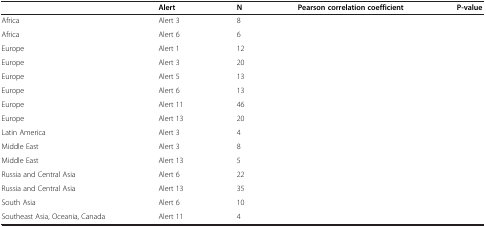
<table><thead><tr><td>[EMPTY_CELL]</td><td><b>Alert</b></td><td><b>N</b></td><td><b>Pearson correlation coefficient</b></td><td><b>P-value</b></td></tr></thead><tbody><tr><td>Africa</td><td>Alert 3</td><td>8</td><td>[EMPTY_CELL]</td><td>[EMPTY_CELL]</td></tr><tr><td>Africa</td><td>Alert 6</td><td>6</td><td>[EMPTY_CELL]</td><td>[EMPTY_CELL]</td></tr><tr><td>Europe</td><td>Alert 1</td><td>12</td><td>[EMPTY_CELL]</td><td>[EMPTY_CELL]</td></tr><tr><td>Europe</td><td>Alert 3</td><td>20</td><td>[EMPTY_CELL]</td><td>[EMPTY_CELL]</td></tr><tr><td>Europe</td><td>Alert 5</td><td>13</td><td>[EMPTY_CELL]</td><td>[EMPTY_CELL]</td></tr><tr><td>Europe</td><td>Alert 6</td><td>13</td><td>[EMPTY_CELL]</td><td>[EMPTY_CELL]</td></tr><tr><td>Europe</td><td>Alert 11</td><td>46</td><td>[EMPTY_CELL]</td><td>[EMPTY_CELL]</td></tr><tr><td>Europe</td><td>Alert 13</td><td>20</td><td>[EMPTY_CELL]</td><td>[EMPTY_CELL]</td></tr><tr><td>Latin America</td><td>Alert 3</td><td>4</td><td>[EMPTY_CELL]</td><td>[EMPTY_CELL]</td></tr><tr><td>Middle East</td><td>Alert 3</td><td>8</td><td>[EMPTY_CELL]</td><td>[EMPTY_CELL]</td></tr><tr><td>Middle East</td><td>Alert 13</td><td>5</td><td>[EMPTY_CELL]</td><td>[EMPTY_CELL]</td></tr><tr><td>Russia and Central Asia</td><td>Alert 6</td><td>22</td><td>[EMPTY_CELL]</td><td>[EMPTY_CELL]</td></tr><tr><td>Russia and Central Asia</td><td>Alert 13</td><td>35</td><td>[EMPTY_CELL]</td><td>[EMPTY_CELL]</td></tr><tr><td>South Asia</td><td>Alert 6</td><td>10</td><td>[EMPTY_CELL]</td><td>[EMPTY_CELL]</td></tr><tr><td>Southeast Asia, Oceania, Canada</td><td>Alert 11</td><td>4</td><td>[EMPTY_CELL]</td><td>[EMPTY_CELL]</td></tr></tbody></table>